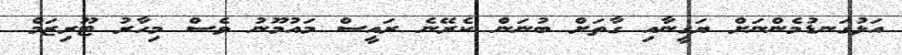
އަޅުގަނޑުމެންނަށް ޔަގީނާއި ގާތަށް ބުނަަން ކެރޭނެ ރައީސް މައުމޫނު ވެސް މިހާރު ޓޫރިޒަމް